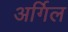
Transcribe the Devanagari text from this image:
अर्गिल